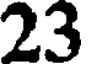
23